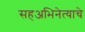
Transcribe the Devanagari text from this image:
सहअभिनेत्याचे